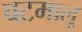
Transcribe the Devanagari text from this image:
बटमालू